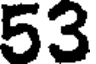
53